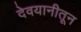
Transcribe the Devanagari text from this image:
देवयानीतून